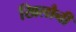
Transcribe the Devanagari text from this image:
खिलौनी